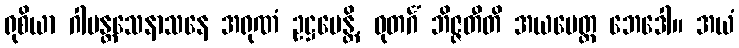
ရုစိယာ ဂါမန္တသေနာသနေ အရုဏံ ဥဋ္ဌပေန္တိ, ဓုတင်္ဂံ ဘိဇ္ဇတီတိ အယမေတ္ထ ဘေဒေါ။ အယံ